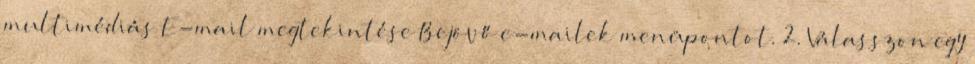
multimédiás E-mail megtekintése Bejövő e-mailek menüpontot. 2. Válasszon egy